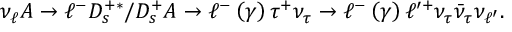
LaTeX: \nu _ { \ell } A \rightarrow \ell ^ { - } D _ { s } ^ { + \ast } / D _ { s } ^ { + } A \rightarrow \ell ^ { - } \left( \gamma \right) \tau ^ { + } \nu _ { \tau } \rightarrow \ell ^ { - } \left( \gamma \right) \ell ^ { \prime + } \nu _ { \tau } \bar { \nu } _ { \tau } \nu _ { \ell ^ { \prime } } .